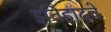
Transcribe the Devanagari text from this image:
इतिहादचे